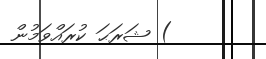
) ޝަރަޙަ ކުރައްވަމުން